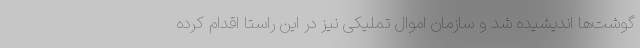
گوشت‌ها اندیشیده شد و سازمان اموال تملیکی نیز در این راستا اقدام کرده